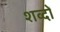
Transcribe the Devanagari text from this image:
शव्‍दों